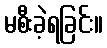
မစီးခဲ့ရခြင်း။